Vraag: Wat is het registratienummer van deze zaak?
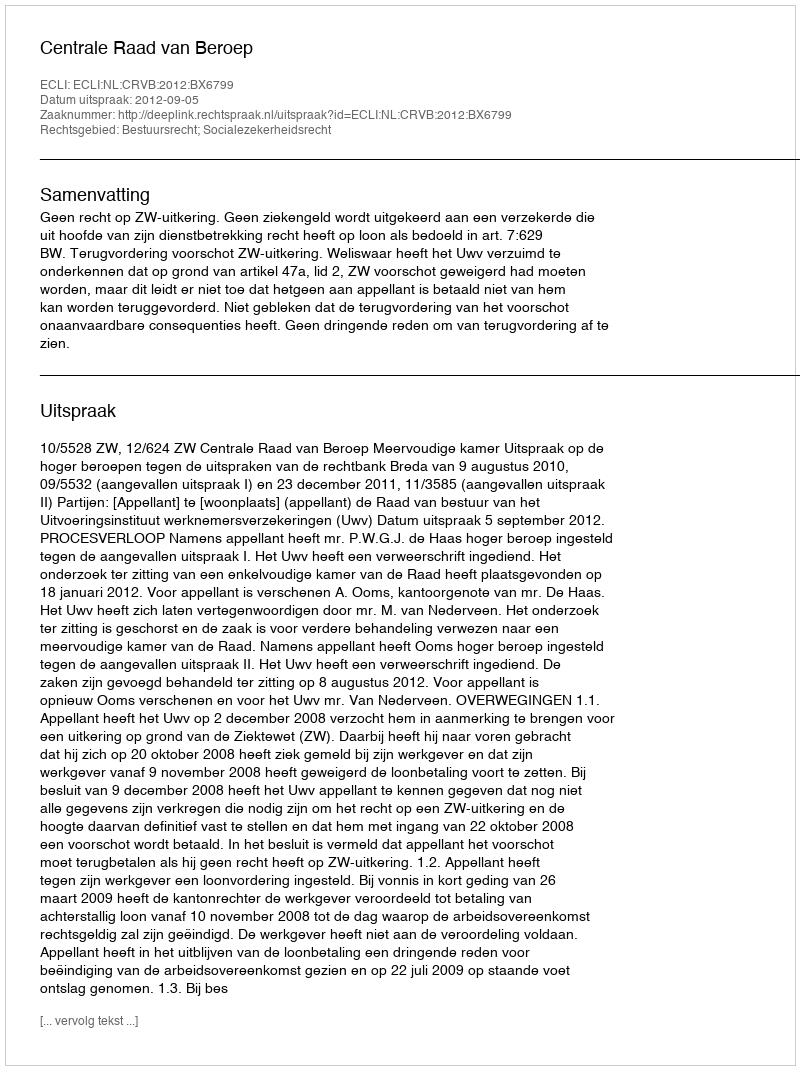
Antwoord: http://deeplink.rechtspraak.nl/uitspraak?id=ECLI:NL:CRVB:2012:BX6799